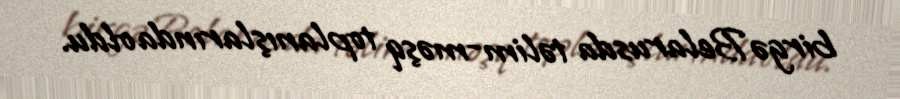
birgə Belarusda təlim-məşq toplanışlarında oldu.